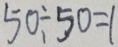
5 0 \div 5 0 = 1